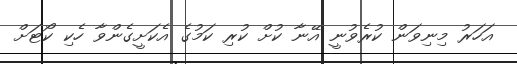
އަހަރު މިނިވަން ކުރެވުނީ އޭނާ ކުށް ކުރި ކަމުގެ އެކަށީގެންވާ ހެކި ކޯޓަށް